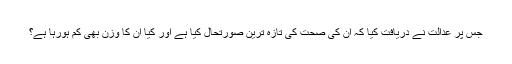
جس پر عدالت نے دریافت کیا کہ ان کی صحت کی تازہ ترین صورتحال کیا ہے اور کیا ان کا وزن بھی کم ہورہا ہے؟